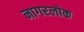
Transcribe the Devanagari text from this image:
नागरलोक